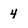
Character: 4